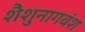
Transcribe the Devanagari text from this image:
शैशुनागवंश